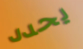
يحدد